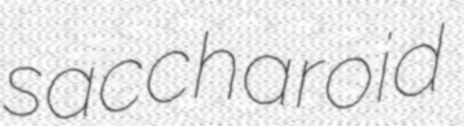
saccharoid